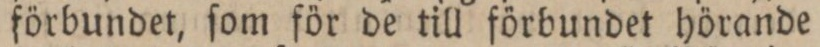
förbundet, ſom för de till förbundet hörande